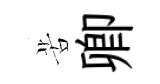
苦卿